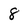
Character: 8